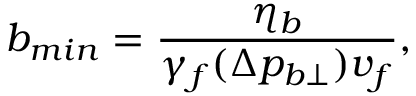
b _ { m i n } = \frac { \eta _ { b } } { \gamma _ { f } ( \Delta p _ { b \perp } ) v _ { f } } ,